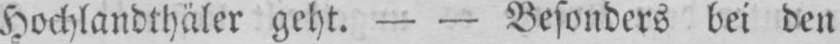
Hochlandthäler geht. - - Besonders bei den